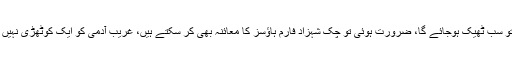
ایک مرتبہ قانون کی حکمرانی قائم ہو گئی تو سب ٹھیک ہوجائے گا، ضرورت ہوئی تو چک شہزاد فارم ہاؤسز کا معائنہ بھی کر سکتے ہیں، غریب آدمی کو ایک کوٹھڑی نہیں ملتی، کیا صرف امیر آدمی کی زندگی ہے؟